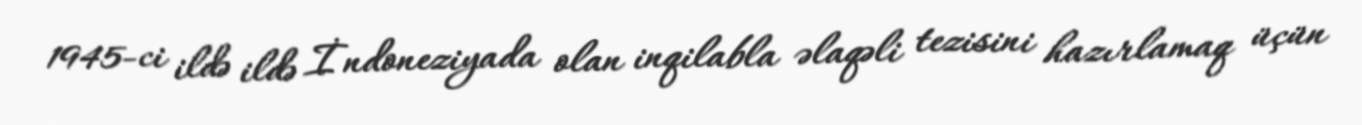
1945-ci ildə ildə İndoneziyada olan inqilabla əlaqəli tezisini hazırlamaq üçün